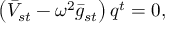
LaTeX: \left( \bar { V } _ { s t } - \omega ^ { 2 } \bar { g } _ { s t } \right) q ^ { t } = 0 ,